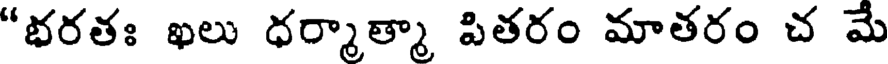
"భరతః ఖలు ధర్మాత్మా పితరం మాతరం చ మే